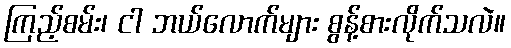
ကြည့်စမ်း၊ ငါ ဘယ်လောက်များ စွန့်စားလိုက်သလဲ။